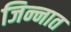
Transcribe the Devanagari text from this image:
जिन्‍नात